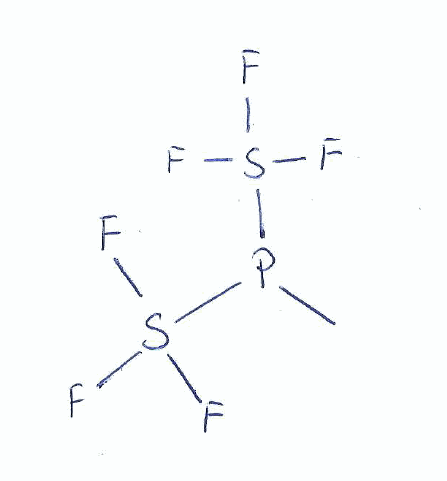
Simplified molecular-input line-entry system (SMILES) notation of the given molecule:
CP(S(F)(F)F)S(F)(F)F